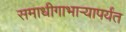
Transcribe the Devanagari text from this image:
समाधीगाभाऱ्यापर्यंत